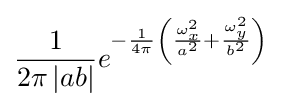
{\frac {1}{2\pi \,|ab|}}e^{-{\frac {1}{4\pi }}\left({\frac {\omega _{x}^{2}}{a^{2}}}+{\frac {\omega _{y}^{2}}{b^{2}}}\right)}